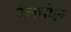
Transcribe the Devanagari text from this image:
रंगपोल